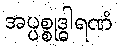
အပ္ပစ္စုဒ္ဓါရဏံ